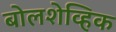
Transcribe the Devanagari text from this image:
बोलशेव्हिक